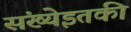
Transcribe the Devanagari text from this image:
संख्येइतकी